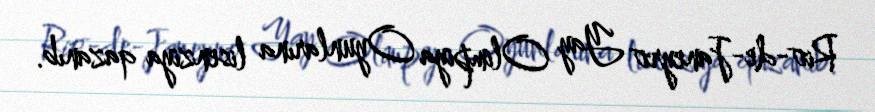
Rio-de-Janeyro Yay Olimpiya Oyunlarına lisenziya qazanıb.